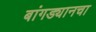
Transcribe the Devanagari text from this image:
बांगड्यानचा